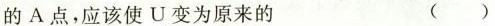
的A点，应该使U变为原来的 ()